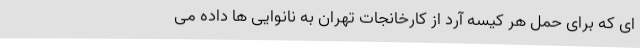
ای که برای حمل هر کیسه آرد از کارخانجات تهران به نانوایی ها داده می